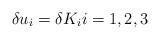
LaTeX: \begin{align*}\delta u_i = \delta K_ii=1,2,3\end{align*}